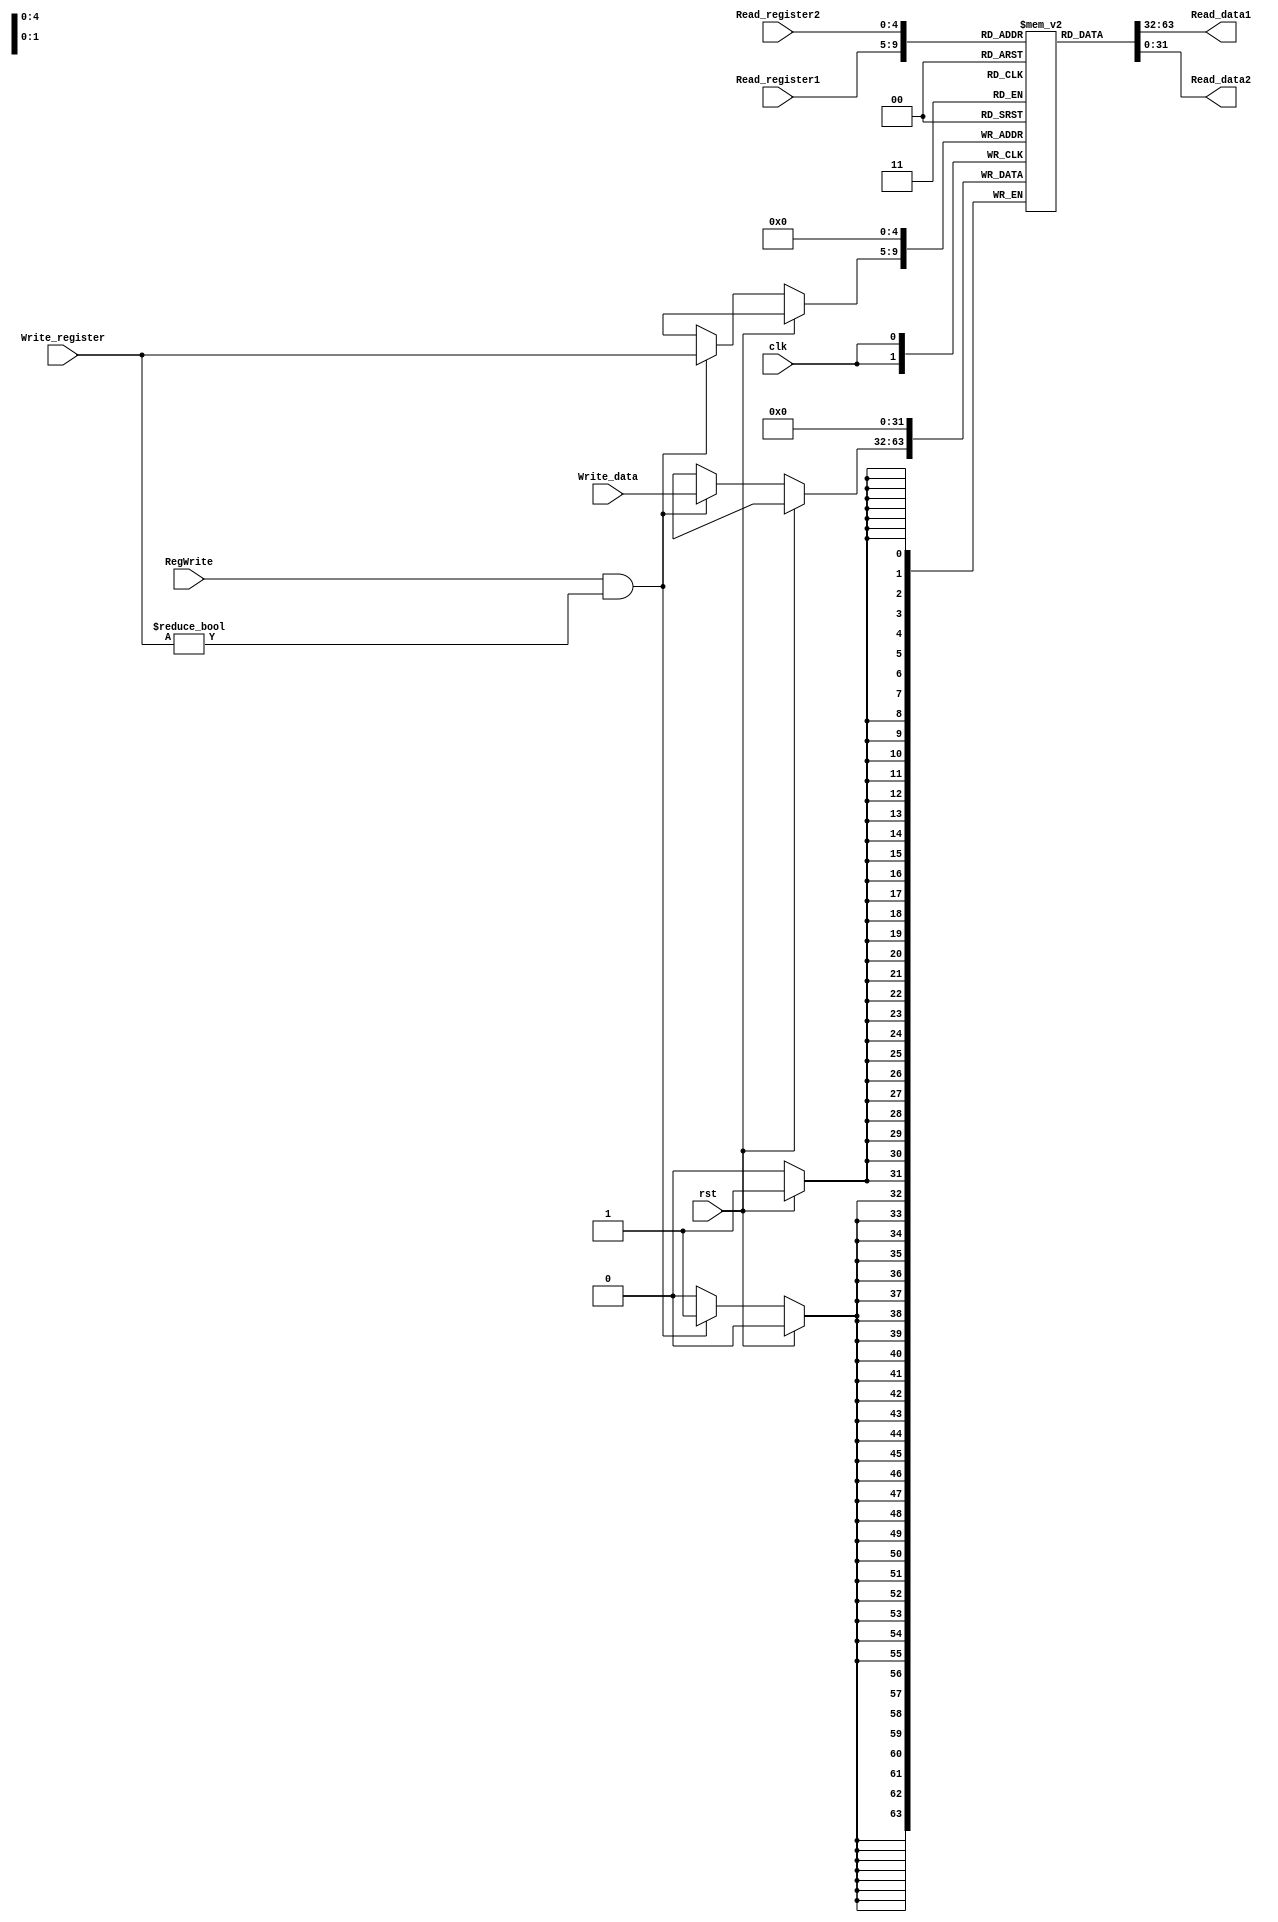
//CPU  32

module Registers (
    input wire clk,
    input wire rst,
    input wire[4:0] Read_register1,
    input wire[4:0] Read_register2,
    input wire[4:0] Write_register,
    input wire[31:0] Write_data,
    input wire RegWrite,

    output wire[31:0] Read_data1,
    output wire[31:0] Read_data2
);

reg[31:0] register [0:31];

assign Read_data1 = register[Read_register1];
assign Read_data2 = register[Read_register2];

always @(negedge clk) begin
    if(rst)begin
        register[0] <= 32'b0;
    end else if(RegWrite && Write_register!=0)begin
        register[Write_register] <= Write_data;
    end
end

endmodule